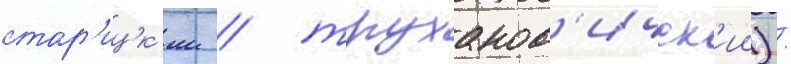
стар'ицк'ии / труханов'ичск'ии) /